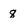
Character: 8